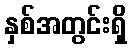
နှစ်အတွင်းရှိ